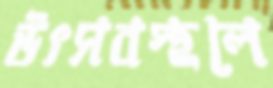
উৎসবস্থলে